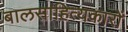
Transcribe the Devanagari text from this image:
बालसाहित्‍यकारों